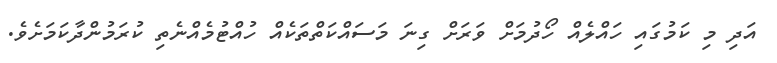
އަދި މި ކަމުގައި ހައްލެއް ހޯދުމަށް ވަރަށް ގިނަ މަސައްކަތްތަކެއް ހުއްޓުމެއްނެތި ކުރަމުންދާކަމަށެވެ.